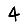
Digit: 4